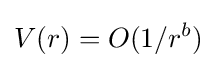
V(r)=O(1/r^{b})